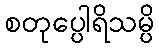
စတုပ္ပေါရိသမ္ပိ